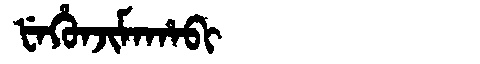
Manchu: ᡶᡝᡥᡠᠨᠵᡳᠮᠠᡥᠠᠪᡳ
Romanization: FEHUNJIMAHABI